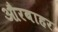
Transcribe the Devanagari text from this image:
औरबाहर